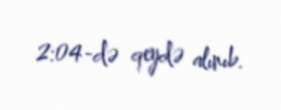
2:04-də qeydə alınıb.